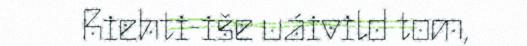
Riehti-iše uáivild tom,